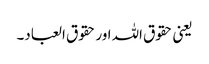
یعنی حقوق اللہ اور حقوق العباد۔